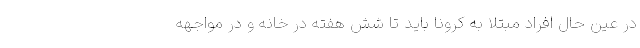
در عین حال افراد مبتلا به کرونا باید تا شش هفته در خانه و در مواجهه